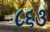
૮૬૩